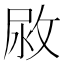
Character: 𢽷